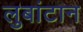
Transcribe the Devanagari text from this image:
लुबांटान